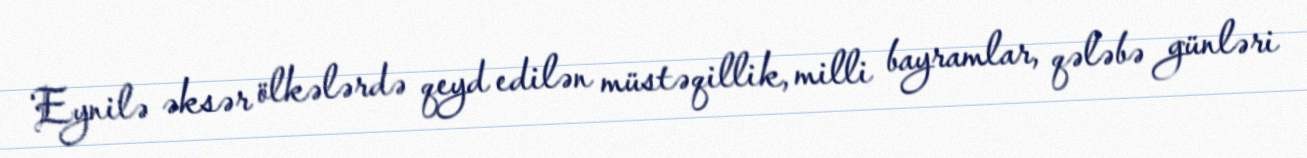
Eynilə əksər ölkələrdə qeyd edilən müstəqillik, milli bayramlar, qələbə günləri